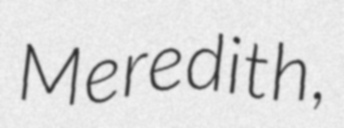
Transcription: Meredith,